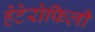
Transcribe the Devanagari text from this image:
हेटेरोफिली